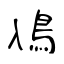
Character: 鳰